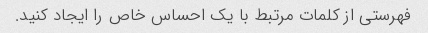
فهرستی از کلمات مرتبط با یک احساس خاص را ایجاد کنید.